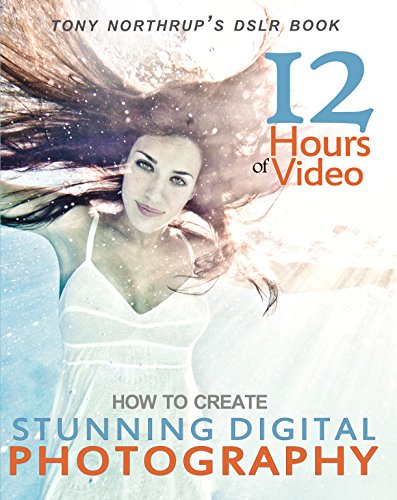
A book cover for Tony Northrup's DSLR Book: How to Create Stunning Digital Photography; Tony Northrup; Arts & Photography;